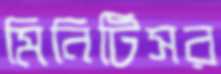
মিনিটিসর